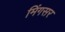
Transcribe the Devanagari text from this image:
मिंगसर